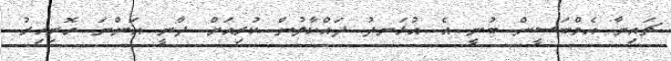
ޗައިނާ އެމްބަސީން ބުނީ އެ އުޅަނދު ދައްކާލުން ކުރިއަށް ދާނީ އަންނަ ހޮނިހިރު